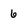
Character: 6